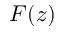
F ( z )